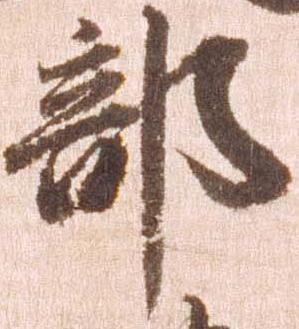
部